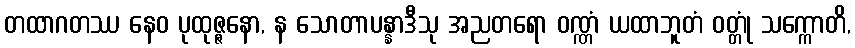
တထာဂတဿ နေဝ ပုထုဇ္ဇနော, န သောတာပန္နာဒီသု အညတရော ဝဏ္ဏံ ယထာဘူတံ ဝတ္တုံ သက္ကောတိ,